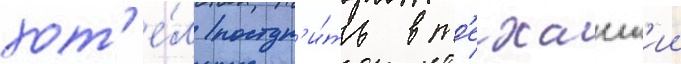
хот'е́л поступ'и́ть в т'ехасск'ии